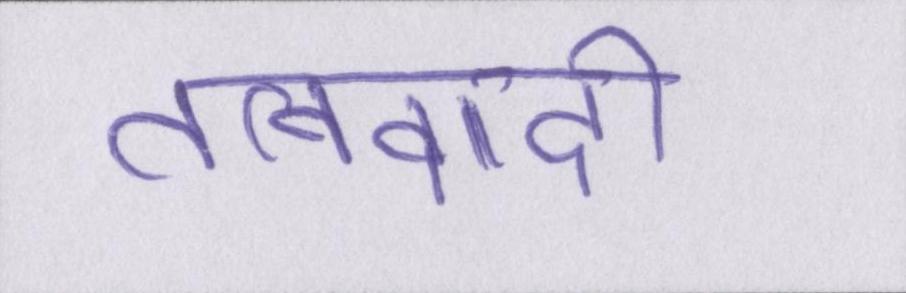
तत्ववादी